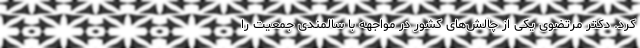
کرد. دکتر مرتضوی یکی از چالش‌های کشور در مواجهه با سالمندی جمعیت را